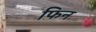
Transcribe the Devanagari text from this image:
फिन